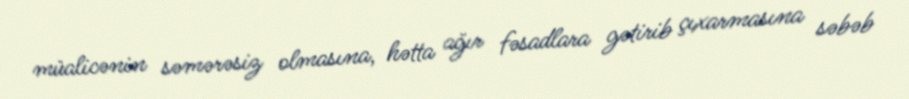
müalicənin səmərəsiz olmasına, hətta ağır fəsadlara gətirib çıxarmasına səbəb